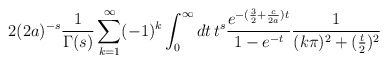
\begin{align*}2(2a)^{-s}\frac{1}{\Gamma(s)}\sum_{k=1}^{\infty}(-1)^{k}\int_{0}^{\infty}dt\, t^s\frac{e^{-(\frac32+\frac{c}{2a})t}}{1-e^{-t}}\frac{1}{(k\pi)^{2}+(\frac t2)^2}\end{align*}